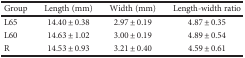
<table><thead><tr><td><b>Group</b></td><td><b>Length (mm)</b></td><td><b>Width (mm)</b></td><td><b>Length-width ratio</b></td></tr></thead><tbody><tr><td>L65</td><td>14.40 ± 0.38</td><td>2.97 ± 0.19</td><td>4.87 ± 0.35</td></tr><tr><td>L60</td><td>14.63 ± 1.02</td><td>3.00 ± 0.19</td><td>4.89 ± 0.54</td></tr><tr><td>R</td><td>14.53 ± 0.93</td><td>3.21 ± 0.40</td><td>4.59 ± 0.61</td></tr></tbody></table>